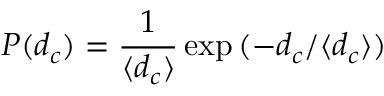
P ( d _ { c } ) = \frac { 1 } { \langle d _ { c } \rangle } \exp { ( - d _ { c } / \langle d _ { c } \rangle ) }